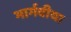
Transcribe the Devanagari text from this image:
भार्गवीया